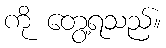
ကို တွေ့ရသည်။